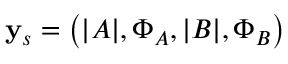
\mathbf { y } _ { s } = \left( | A | , \Phi _ { A } , | B | , \Phi _ { B } \right)